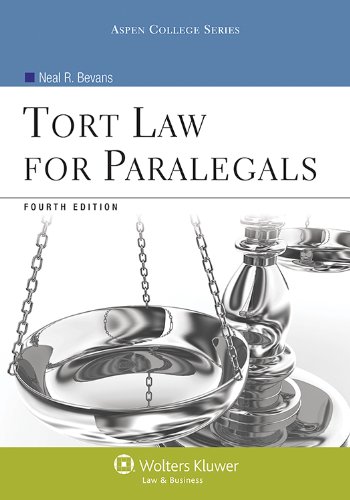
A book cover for Tort Law for Paralegals, Fourth Edition (Aspen College); Neal R. Bevans; Law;